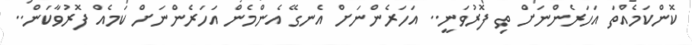
ކޮންކަމެއްތަ އަހަރެންނަށް ތި ފޮރުވަނީ.. އަހަރެންނަށް އެނގޭ އެންމެން އަހަރެންނަށް ކަމެއް ފޮރުވާކަން..